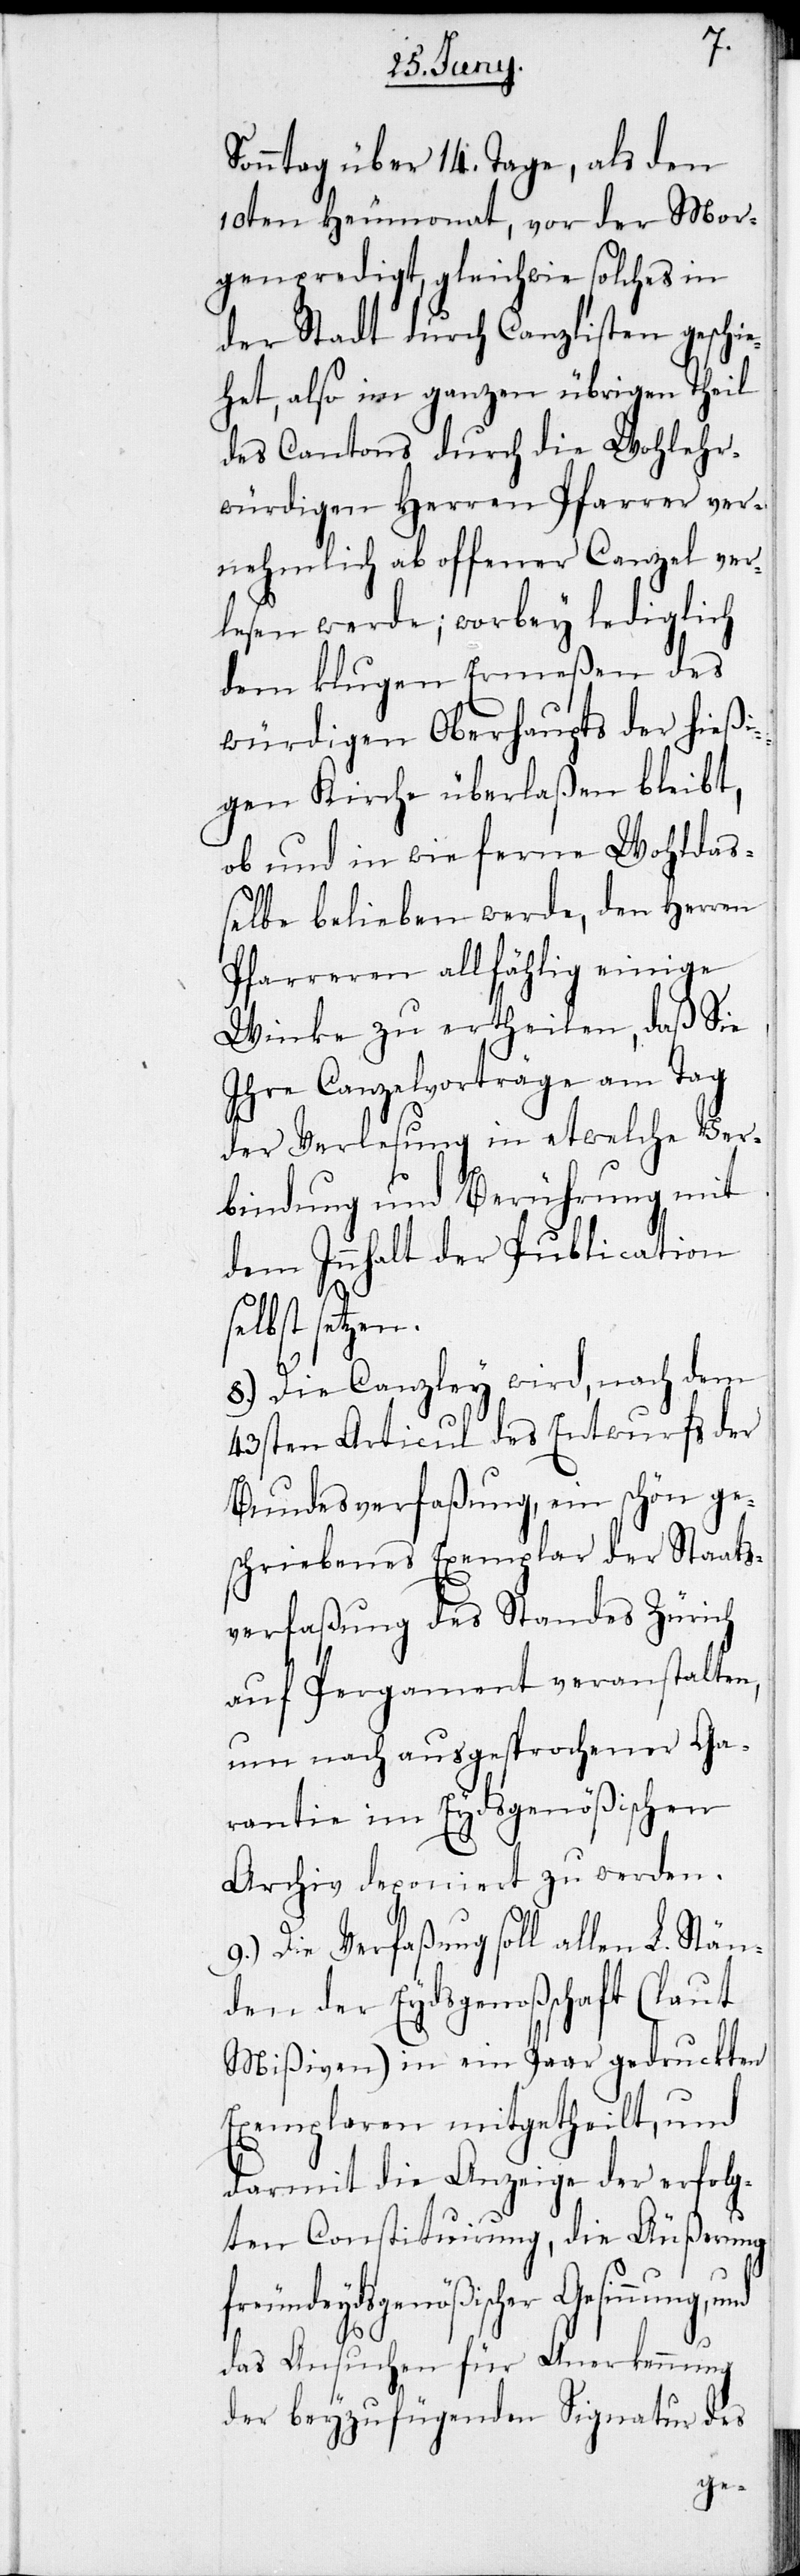
Sonntag über 14. Tage, als den
10ten Heumonat, vor der Mor¬
genpredigt, gleichwie solches in
der Stadt durch Canzlisten geschi¬
ehet, also im ganzen übrigen Theil
des Cantons durch die Wohlehr¬
würdigen Herren Pfarrer ver¬
nehmlich ab offener Canzel ve¬
rlesen werde; worbey lediglich
dem klugen Ermeßen des
würdigen Oberhaupts der hieß¬
igen Kirche überlaßen bleibt,
ob und in wieferne Wohlda¬
ßelbe belieben werde, den Herren
Pfarreren allfählig einige
Winke zu ertheilen, daß Sie
Ihre Canzelvorträge am Tag
der Verlesung in etwelche Ver¬
bindung und Berührung mit
dem Innhalt der Publication
selbst setzen.
8.) Die Canzley wird, nach
43sten Articul des Entwurfs der
Bundesverfaßung, ein schön
schriebenes Exemplar der
verfaßung des Standes Zürich
auf Pergament veranstalten,
um nach ausgesprochener Ga¬
rantie im Eydsgenößischen
Archiv deponiert zu werden.
Stän¬
9.) Die Verfaßung soll all¬
den der Eydsgenoßschaft (laut
Mißiven) in ein Paar gedruckten
Exemplaren mitgetheilt, und
darmit die Anzeige der erfolg¬
ten Constituirung, die Äußerung
freundEydsgenößischer Gesinnung, und
en L.
das Ansuchen für Anerkennung
der beyzufügenden Signatur des